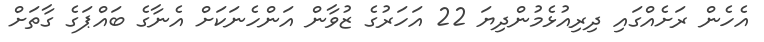
އެހެން ރަށެއްގައި ދިރިއުޅެމުންދިޔަ 22 އަހަރުގެ ޒުވާން އަންހެނަކަށް އެނާގެ ބައްޕަގެ ގާތަށް